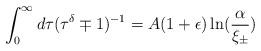
LaTeX: \begin{align*}\int_0^{\infty} d \tau (\tau^{\delta} \mp 1)^{-1}= A (1 + \epsilon) \ln(\frac{\alpha}{\xi_{\pm}})\end{align*}